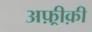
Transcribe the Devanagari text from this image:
अफ़्रीक़ी